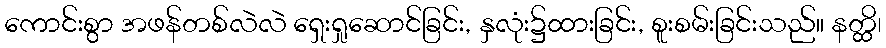
ကောင်းစွာ အဖန်တစ်လဲလဲ ရှေးရှုဆောင်ခြင်း, နှလုံး၌ထားခြင်း, စူးစမ်းခြင်းသည်။ နတ္ထိ၊